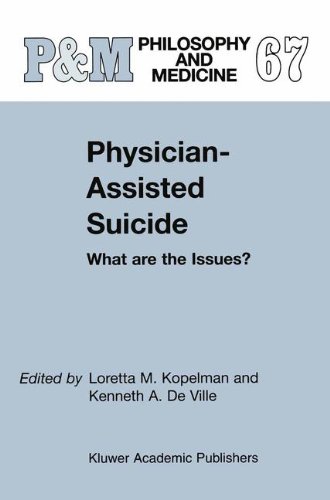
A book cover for Physician-Assisted Suicide: What are the Issues? (Philosophy and Medicine); Medical Books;